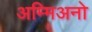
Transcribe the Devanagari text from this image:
अम्मिअनो